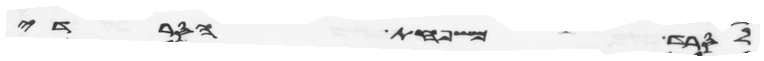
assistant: לסרד משפחת הסרדי